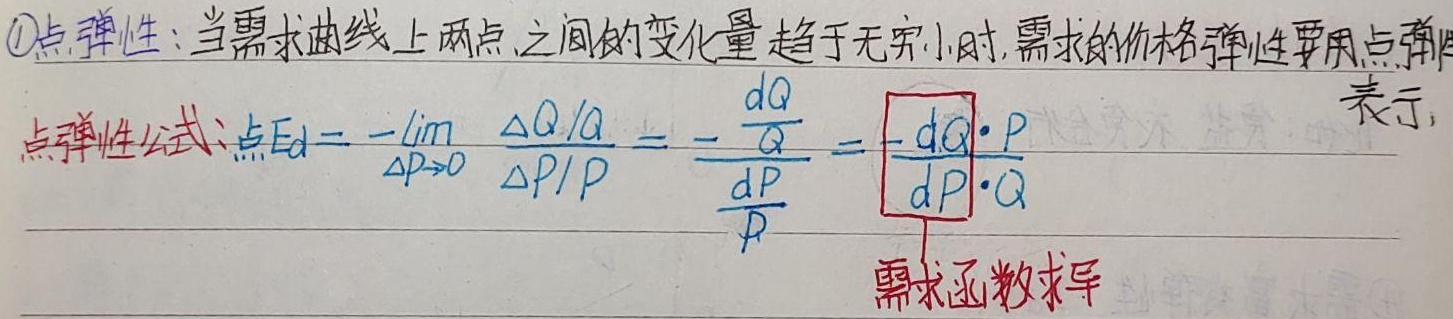
\textcircled{1}点弹性：当需求曲线上两点之间的变化量趋于无穷小时，需求的价格弹性要用点弹性表示。点弹性公式：点\(E_d = -\lim_{\Delta P \to 0} \frac{\Delta Q / Q}{\Delta P / P} = -\frac{\frac{\mathrm{d}Q}{Q}}{\frac{\mathrm{d}P}{P}} = \textcolor{red}{\boxed{\left(-\frac{\mathrm{d}Q}{\mathrm{d}P}\right)\cdot\frac{P}{Q}}}\) （\textcolor{red}{需求函数求导}）